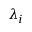
\lambda _ { i }